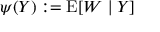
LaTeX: \psi ( Y ) : = \operatorname { E } [ W \mid Y ]